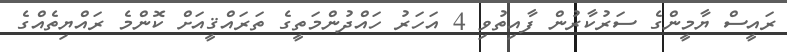
ރައީސް ޔާމީންގެ ސަރުކާރުން ފާއިތުވި 4 އަހަރު ހައްދުންމަތީގެ ތަރައްޤީއަށް ކޮންމެ ރައްޔިތެއްގެ